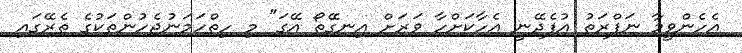
އެހެންވީމާ ނަފްރަތު އުފެދޭނީ އެހާކަށްހާ ވަރަށް އިނގޭތޯ އޭގަ" މި ހިތްހަމަނުޖެހުންތަކުގެ ތެރޭގައި